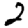
Digit: 2